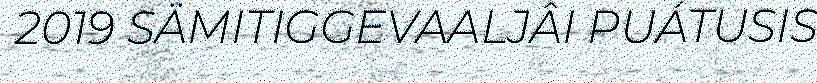
2019 SÄMITIGGEVAALJÂI PUÁTUSIS